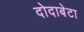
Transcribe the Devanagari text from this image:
दोदाबेटा